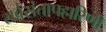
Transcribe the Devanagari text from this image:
सर्वसंतापहारिणी